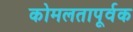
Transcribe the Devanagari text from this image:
कोमलतापूर्वक